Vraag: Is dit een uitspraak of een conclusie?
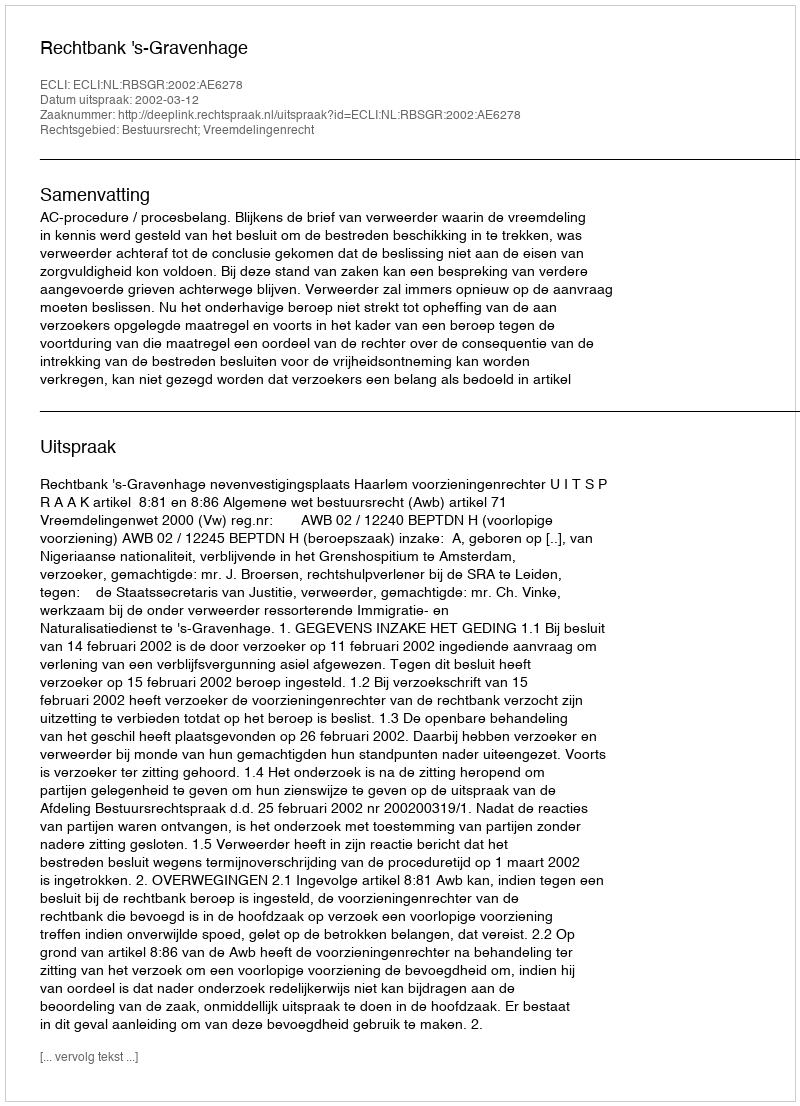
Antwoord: Uitspraak